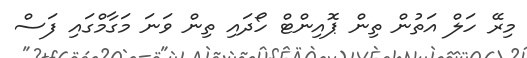
މިރޭ ހަލް އަތުން ތިން ޕޮއިންޓް ހޯދައި ތިން ވަނަ މަގާމްގައި ފަސް